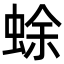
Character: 蜍